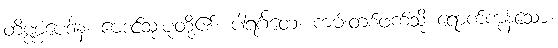
တိဏ္ဏံပေဒါနံ၊ ဗေဒင်သုံးပုံတို့၏။ ပါရင်္ဂတေ၊ ကမ်းတစ်ဖက်သို့ ရောက်ကုန်သော။